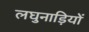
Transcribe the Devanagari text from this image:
लघुनाड़ियों